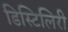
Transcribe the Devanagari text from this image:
डिस्टिलिरी